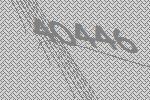
40446